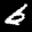
Label: 6